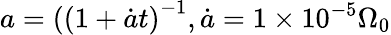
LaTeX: a=\left((1+\dot{a}t\right)^{-1},\dot{a}=1\times 10^{-5}\Omega_{0}